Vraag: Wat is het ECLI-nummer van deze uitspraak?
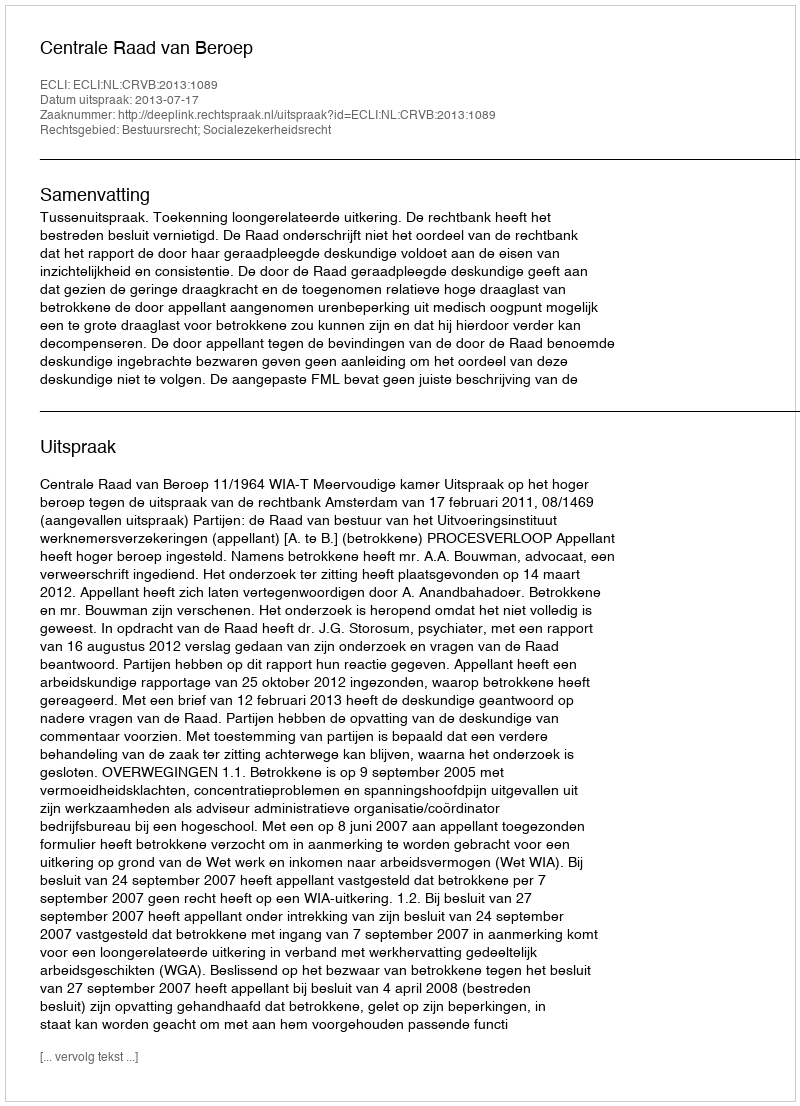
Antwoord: ECLI:NL:CRVB:2013:1089